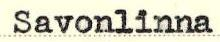
Savonlinna